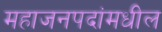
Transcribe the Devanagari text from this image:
महाजनपदांमधील